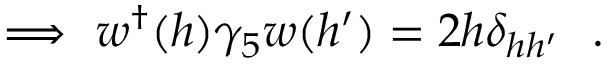
\Longrightarrow ~ w ^ { \dagger } ( h ) \gamma _ { 5 } w ( h ^ { \prime } ) = 2 h \delta _ { h h ^ { \prime } } ~ ~ .